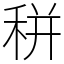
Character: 𥞩